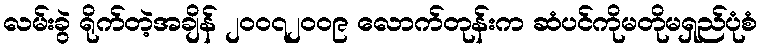
လမ်းခွဲ ရိုက်တဲ့အချိန် ၂၀၀၇၂၀၀၉ လောက်တုန်းက ဆံပင်ကိုမတိုမရှည်ပုံစံ